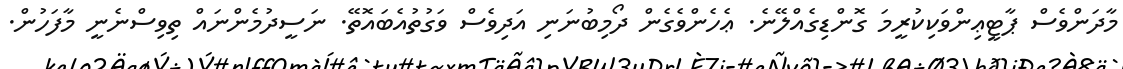
މާދަންވެސް ޕާޓީޢިންވަކިކުރީމަ ގޮންޑިގެއްލޭނެ. ޢެހެންވެގެން ދޯމިބުނަނި އަދިވެސް ވަގުތުއެބައޮތޭ. ނަސީދުމެންނައް ތިވިސްނެނީ މާފަހުން.